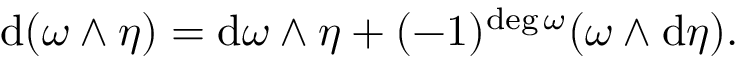
\mathrm { d } ( \omega \wedge \eta ) = \mathrm { d } \omega \wedge \eta + ( - 1 ) ^ { \mathrm { { d e g \, } } \omega } ( \omega \wedge \mathrm { d } \eta ) .